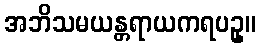
အဘိသမယန္တရာယကရပဥှ။